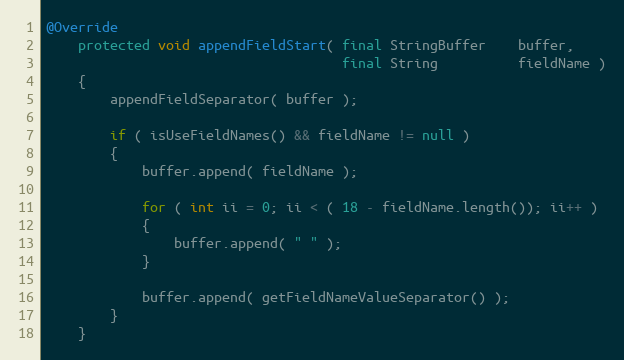
Language: Java
@Override
    protected void appendFieldStart( final StringBuffer    buffer,
                                     final String          fieldName )
    {
        appendFieldSeparator( buffer );

        if ( isUseFieldNames() && fieldName != null )
        {
            buffer.append( fieldName );

            for ( int ii = 0; ii < ( 18 - fieldName.length()); ii++ )
            {
                buffer.append( " " );
            }

            buffer.append( getFieldNameValueSeparator() );
        }
    }